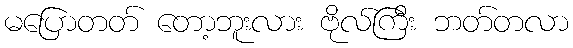
မပြောတတ် တော့ဘူးလား ဗိုလ်ကြီး ဘတ်တလာ